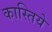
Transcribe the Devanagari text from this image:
कास्तिये